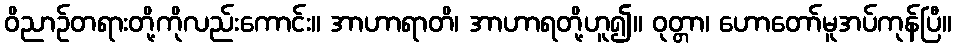
ဝိညာဉ်တရားတို့ကိုလည်းကောင်း။ အာဟာရာတိ၊ အာဟာရတို့ဟူ၍။ ဝုတ္တာ၊ ဟောတော်မူအပ်ကုန်ပြီ။